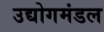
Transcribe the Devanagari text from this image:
उद्योगमंडल